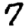
Digit: 7